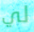
لي